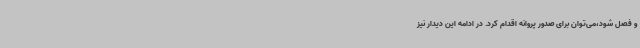
و فصل شود،می‌توان برای صدور پروانه اقدام کرد. در ادامه این دیدار نیز